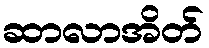
ဆာလာအိတ်